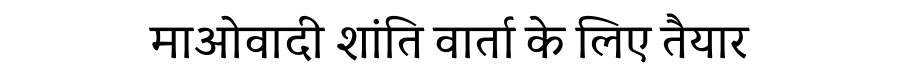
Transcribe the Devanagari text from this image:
माओवादी शांति वार्ता के लिए तैयार